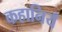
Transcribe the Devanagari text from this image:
कहानियँ